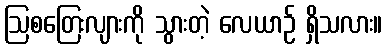
ဩစတြေးလျားကို သွားတဲ့ လေယာဉ် ရှိသလား။